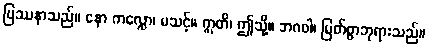
ပြဿနာသည်။ နော ကလ္လော၊ မသင့်။ ဣတိ၊ ဤသို့။ ဘဂဝါ၊ မြတ်စွာဘုရားသည်။